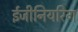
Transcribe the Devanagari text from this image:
ईजीनियरिग